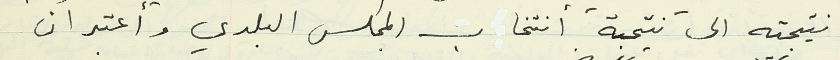
نتيجته الى نتيجة أنتخاب المجلس البلدي وأعتبر ان